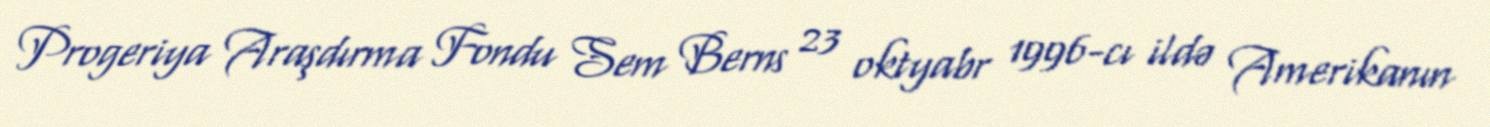
Progeriya Araşdırma Fondu Sem Berns 23 oktyabr 1996-cı ildə Amerikanın